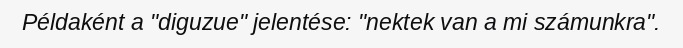
Példaként a "diguzue" jelentése: "nektek van a mi számunkra".